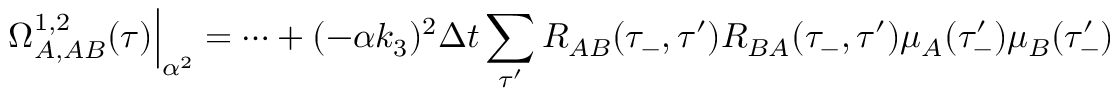
\Omega _ { A , A B } ^ { 1 , 2 } ( \tau ) \Big | _ { \alpha ^ { 2 } } = \dots + ( - \alpha k _ { 3 } ) ^ { 2 } \Delta t \sum _ { \tau ^ { \prime } } R _ { A B } ( \tau _ { - } , \tau ^ { \prime } ) R _ { B A } ( \tau _ { - } , \tau ^ { \prime } ) \mu _ { A } ( \tau _ { - } ^ { \prime } ) \mu _ { B } ( \tau _ { - } ^ { \prime } )